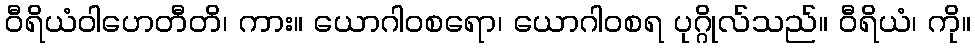
ဝီရိယံဝါဟေတီတိ၊ ကား။ ယောဂါဝစရော၊ ယောဂါဝစရ ပုဂ္ဂိုလ်သည်။ ဝီရိယံ၊ ကို။